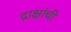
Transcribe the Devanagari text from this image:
द्राक्षांची